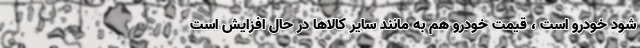
شود خودرو است ، قیمت خودرو هم به مانند سایر کالاها در حال افزایش است